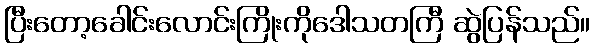
ပြီးတော့ခေါင်းလောင်းကြိုးကိုဒေါသတကြီ ဆွဲပြန်သည်။